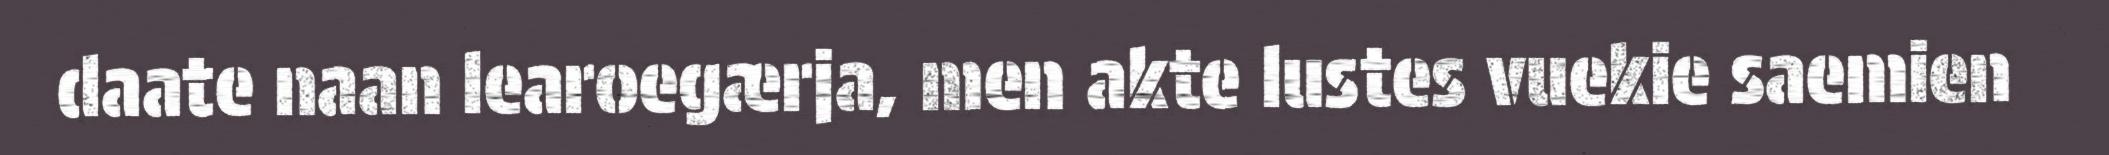
daate naan learoegærja, men akte lustes vuekie saemien